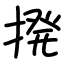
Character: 𫝼